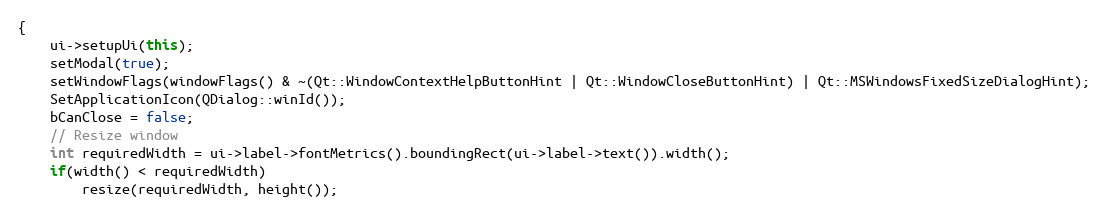
Language: C++
{
    ui->setupUi(this);
    setModal(true);
    setWindowFlags(windowFlags() & ~(Qt::WindowContextHelpButtonHint | Qt::WindowCloseButtonHint) | Qt::MSWindowsFixedSizeDialogHint);
    SetApplicationIcon(QDialog::winId());
    bCanClose = false;
    // Resize window
    int requiredWidth = ui->label->fontMetrics().boundingRect(ui->label->text()).width();
    if(width() < requiredWidth)
        resize(requiredWidth, height());